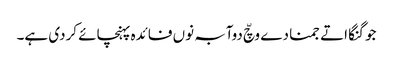
جو گنگا اتے جمنا دے وچّ دوآبہ نوں فائدہ پہنچائے کردی ہے۔